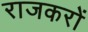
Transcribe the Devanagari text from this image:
राजकरों